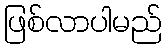
ဖြစ်လာပါမည်